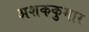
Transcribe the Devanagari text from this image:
अशककुमार